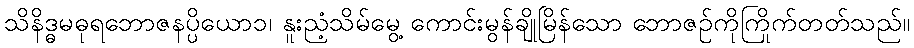
သိနိဒ္ဓမဓုရဘောဇနပ္ပိယော၁၊ နူးညံ့သိမ်မွေ့ ကောင်းမွန်ချိုမြိန်သော ဘောဇဉ်ကိုကြိုက်တတ်သည်။